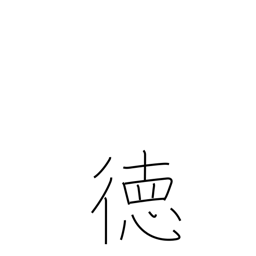
Meaning: virtue